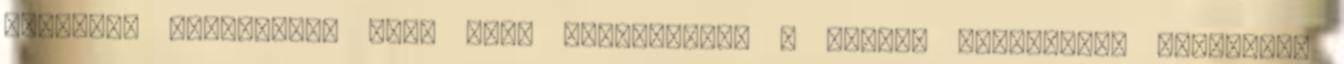
szerinti tûzoltóság név, cím, elérhetõség A jelzés lemondásra vonatkozó